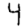
Digit: 4